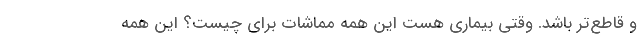
و قاطع‌تر باشد. وقتی بیماری هست این همه مُماشات برای چیست؟ این همه